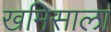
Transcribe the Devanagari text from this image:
खमिसाला